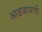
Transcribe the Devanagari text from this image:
आढळायची